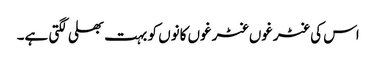
اس کی غٹرغوں غٹرغوں کانوں کو بہت بھلی لگتی ہے۔